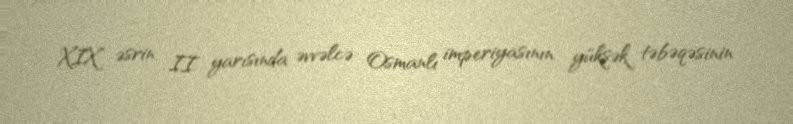
XIX əsrin II yarısında əvvəlcə Osmanlı imperiyasının yüksək təbəqəsinin